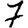
Digit: 7